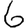
Digit: 6